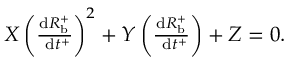
\begin{array} { r } { X \left( \frac { \mathrm { d } R _ { \mathrm { b } } ^ { + } } { \mathrm { ~ d } t ^ { + } } \right) ^ { 2 } + Y \left( \frac { \mathrm { d } R _ { \mathrm { b } } ^ { + } } { \mathrm { ~ d } t ^ { + } } \right) + Z = 0 . } \end{array}